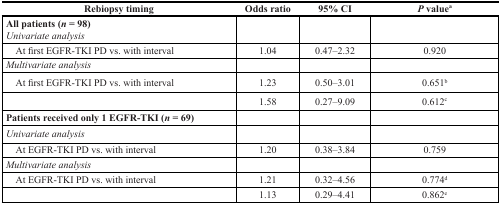
<table><thead><tr><td><b>Rebiopsy timing</b></td><td><b>Odds ratio</b></td><td><b>95% CI</b></td><td><b><i>P</i> value<sup>a</sup></b></td></tr></thead><tbody><tr><td><b>All patients (<i>n</i> = 98)</b><i>Univariate analysis</i></td><td>[EMPTY_CELL]</td><td>[EMPTY_CELL]</td><td>[EMPTY_CELL]</td></tr><tr><td> At first EGFR-TKI PD vs. with interval</td><td>1.04</td><td>0.47–2.32</td><td>0.920</td></tr><tr><td><i>Multivariate analysis</i></td><td>[EMPTY_CELL]</td><td>[EMPTY_CELL]</td><td>[EMPTY_CELL]</td></tr><tr><td> At first EGFR-TKI PD vs. with interval</td><td>1.23</td><td>0.50–3.01</td><td>0.651<sup>b</sup></td></tr><tr><td>[EMPTY_CELL]</td><td>1.58</td><td>0.27–9.09</td><td>0.612<sup>c</sup></td></tr><tr><td><b>Patients received only 1 EGFR-TKI (<i>n</i>= 69)</b></td><td>[EMPTY_CELL]</td><td>[EMPTY_CELL]</td><td>[EMPTY_CELL]</td></tr><tr><td><i>Univariate analysis</i></td><td>[EMPTY_CELL]</td><td>[EMPTY_CELL]</td><td>[EMPTY_CELL]</td></tr><tr><td> At EGFR-TKI PD vs. with interval</td><td>1.20</td><td>0.38–3.84</td><td>0.759</td></tr><tr><td><i>Multivariate analysis</i></td><td>[EMPTY_CELL]</td><td>[EMPTY_CELL]</td><td>[EMPTY_CELL]</td></tr><tr><td> At EGFR-TKI PD vs. with interval</td><td>1.21</td><td>0.32–4.56</td><td>0.774<sup>d</sup></td></tr><tr><td>[EMPTY_CELL]</td><td>1.13</td><td>0.29–4.41</td><td>0.862<sup>e</sup></td></tr></tbody></table>